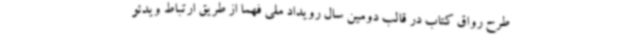
طرح رواق کتاب در قالب دومین سال رویداد ملی فهما از طریق ارتباط ویدئو